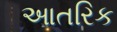
આતરિક